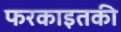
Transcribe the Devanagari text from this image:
फरकाइतकी